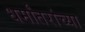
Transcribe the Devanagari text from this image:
धर्मांतरांच्या